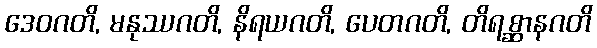
ဒေဝဂတိ, မနုဿဂတိ, နိရယဂတိ, ပေတဂတိ, တိရစ္ဆာနဂတိ